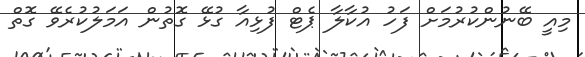
މިއީ ބޭނުންކުރުމަށް ފަހު އުކާލާ ޕެޓް ފުޅިއާ ގުޅޭ ގޮތުން އަމަލުކުރެވޭ ގޮތް